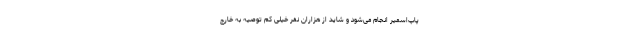
پاپ‌اسمیر انجام می‌شود و شاید از هزاران نفر خیلی کم توصیه به خارج